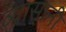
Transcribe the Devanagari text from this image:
व्यासानी